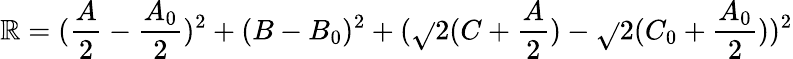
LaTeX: \mathbb{R}=(\frac{{A}}{{2}}-\frac{{A_{0}}}{{2}})^{2}+(B-B_{0})^{2}+(\sqrt{}{{2}}(C+\frac{{A}}{{2}})-\sqrt{}{{2}}(C_{0}+\frac{{A_{0}}}{{2}}))^{2}